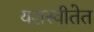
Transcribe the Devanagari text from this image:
यशस्वीतेत